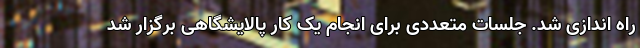
راه اندازی شد. جلسات متعددی برای انجام یک کار پالایشگاهی برگزار شد